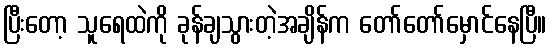
ပြီးတော့ သူရေထဲကို ခုန်ချသွားတဲ့အချိန်က တော်တော်မှောင်နေပြီ။